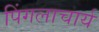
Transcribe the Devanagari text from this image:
पिंगलाचार्य